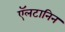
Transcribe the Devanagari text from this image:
ऍलटानिन